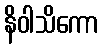
နိဝါသိကော